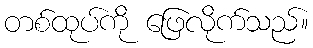
တစ်ထုပ်ကို ဖြေလိုက်သည်။